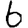
Digit: 6